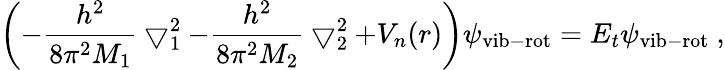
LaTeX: \left(-\frac{h^{2}}{8\pi^{2}M_{1}}\bigtriangledown_{1}^{2}-\frac{h^{2}}{8\pi^{2}M_{2}}\bigtriangledown_{2}^{2}+V_{n}(r)\right)\psi_{\mathrm{vib-rot}}=E_{t}\psi_{\mathrm{vib-rot}}~,